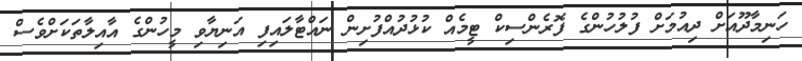
ހަނިމާދޫއަށް ދިއުމަށް ފުލުހުންގެ ފޮރެންސިކް ޓީމެއް ކުޅުދުއްފުށިން ނައްޓާލައިފި އަނިޔާވި މީހުންގެ އާއިލާތަކަށްވެސް